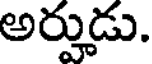
అర్హుడు.